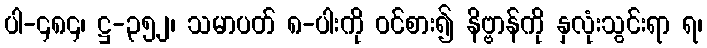
ပါ-၄၈၄၊ ဋ္ဌ-၃၅၂၊ သမာပတ် ၈-ပါးကို ဝင်စား၍ နိဗ္ဗာန်ကို နှလုံးသွင်းရာ ရ၊